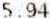
5.94